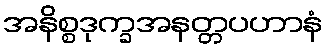
အနိစ္စဒုက္ခအနတ္တပဟာနံ